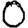
Digit: 0